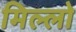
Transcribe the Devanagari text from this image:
मिल्लो